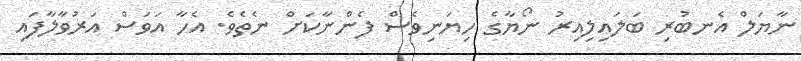
ނާޔަލް އެނބުރި ބަލައިލިއިރު ނޯޔާގެ ހިޔަނިވެސް ފެންނާކަށް ނެތެވެ. އެހާ އަވަސް އަރުވާލާފައި